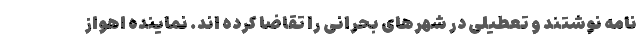
نامه نوشتند و تعطیلی در شهرهای بحرانی را تقاضا کرده اند. نماینده اهواز